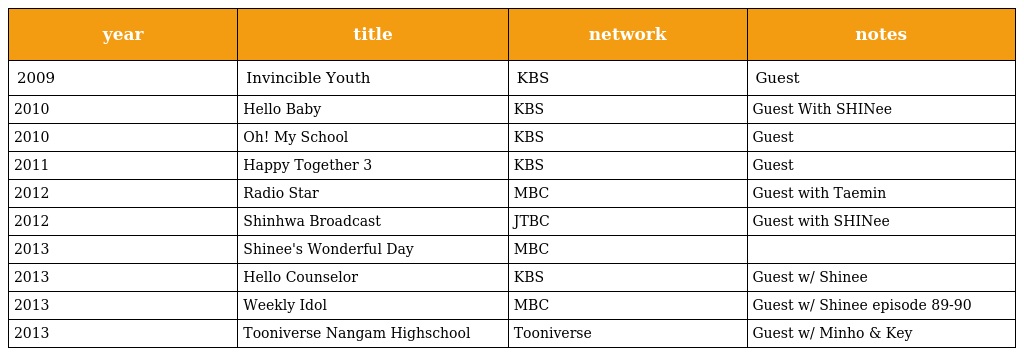
| year | title | network | notes |
 | --- | --- | --- | --- |
 | 2009 | Invincible Youth | KBS | Guest |
 | 2010 | Hello Baby | KBS | Guest With SHINee |
 | 2010 | Oh! My School | KBS | Guest |
 | 2011 | Happy Together 3 | KBS | Guest |
 | 2012 | Radio Star | MBC | Guest with Taemin |
 | 2012 | Shinhwa Broadcast | JTBC | Guest with SHINee |
 | 2013 | Shinee's Wonderful Day | MBC |  |
 | 2013 | Hello Counselor | KBS | Guest w/ Shinee |
 | 2013 | Weekly Idol | MBC | Guest w/ Shinee episode 89-90 |
 | 2013 | Tooniverse Nangam Highschool | Tooniverse | Guest w/ Minho & Key |